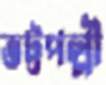
ভট্টপল্লী